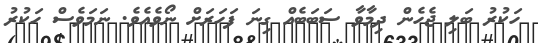
ހަކުރު ބަލި ޖެހެން ދިމާވާ ސަބަބެއް ގިނަ ފަހަރަށް ނޯވެއެވެ. ނަމަވެސް ހަކުރު